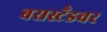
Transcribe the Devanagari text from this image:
बसस्टँडवर